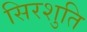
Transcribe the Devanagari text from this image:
सिरशुति